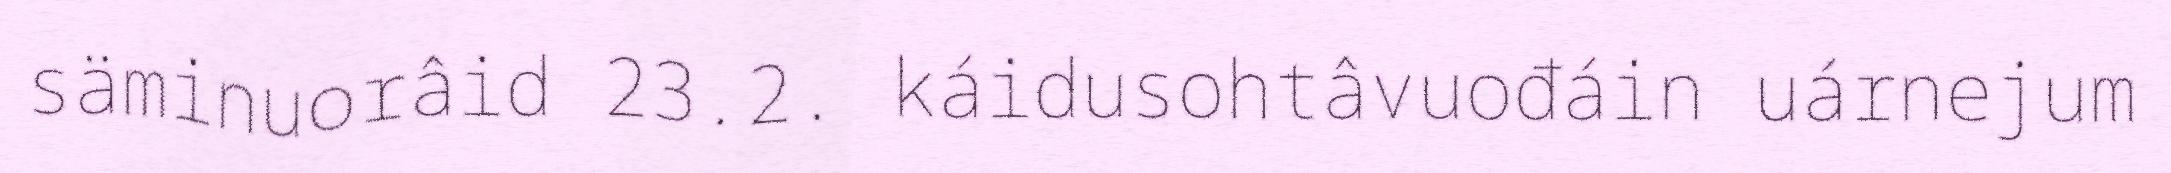
säminuorâid 23.2. káidusohtâvuođáin uárnejum